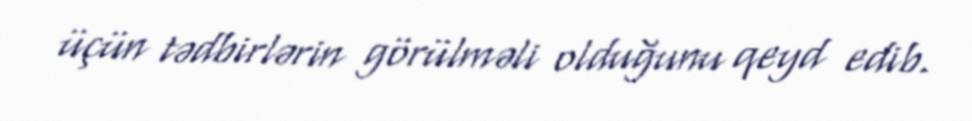
üçün tədbirlərin görülməli olduğunu qeyd edib.